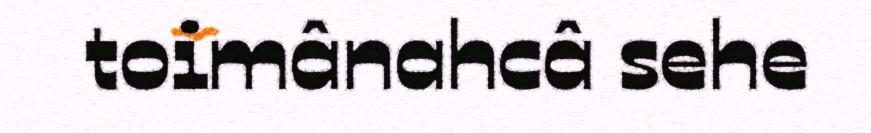
toimânahcâ sehe